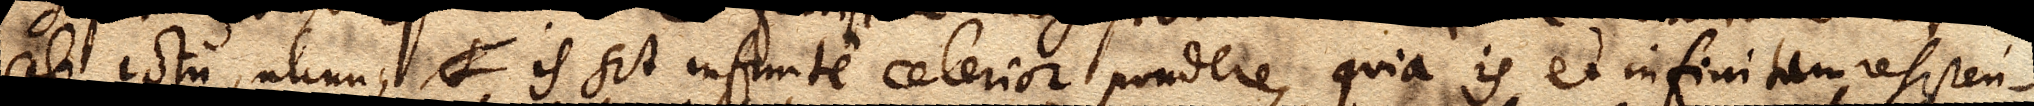
ab ictu, utcunque S is sit infinite celerior pondere, quia is et infinitam resisten–